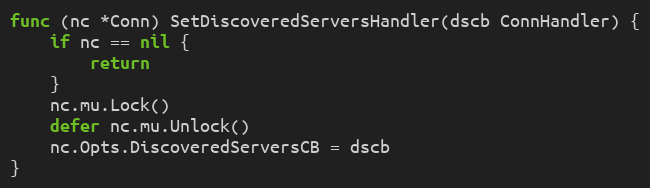
Language: Go
func (nc *Conn) SetDiscoveredServersHandler(dscb ConnHandler) {
	if nc == nil {
		return
	}
	nc.mu.Lock()
	defer nc.mu.Unlock()
	nc.Opts.DiscoveredServersCB = dscb
}